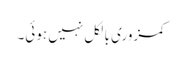
کمزوری بالکل نہیں ہوئی۔